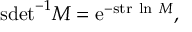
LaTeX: \mathrm { s d e t } ^ { - 1 } M = \mathrm { e } ^ { - \mathrm { s t r } \ \mathrm { l n } \ M } ,